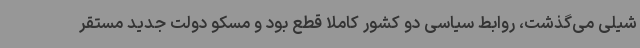
شیلی می‌گذشت، روابط سیاسی دو کشور کاملا قطع بود و مسکو دولت جدید مستقر